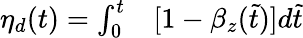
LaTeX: \begin{array}{rl}{\eta_{d}(t)=\int_{0}^{t}}&{{}[1-\beta_{z}(\widetilde{t})]d\widetilde{t}}\end{array}